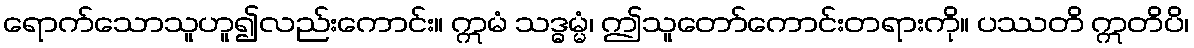
ရောက်သောသူဟူ၍လည်းကောင်း။ ဣမံ သဒ္ဓမ္မံ၊ ဤသူတော်ကောင်းတရားကို။ ပဿတိ ဣတိပိ၊